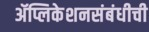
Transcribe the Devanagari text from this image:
ॲप्लिकेशनसंबंधीची